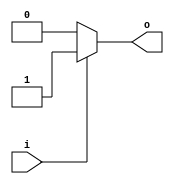
module ioblock_low_power_buffer (
    input wire i,
    output reg o
);

always @ (i)
begin
    if (i)
        o <= 1'b1;
    else
        o <= 1'b0;
end

endmodule